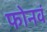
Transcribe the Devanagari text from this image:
फोनवं